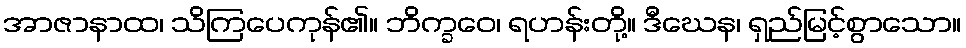
အာဇာနာထ၊ သိကြပေကုန်၏။ ဘိက္ခဝေ၊ ရဟန်းတို့။ ဒီဃေန၊ ရှည်မြင့်စွာသော။